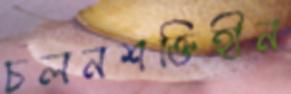
চলনশক্তিহীন